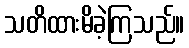
သတိထားမိခဲ့ကြသည်။